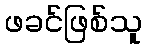
ဖခင်ဖြစ်သူ